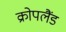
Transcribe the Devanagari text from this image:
क्रोपलैंड